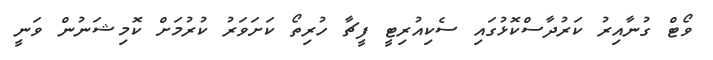
ވޯޓް ގުނާއިރު ކަރުދާސްކޮޅުގައި ސެކިއުރިޓީ ފީޗާ ހުރިތޯ ކަށަވަރު ކުރުމަށް ކޮމިޝަނުން ވަނީ